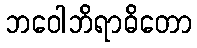
ဘဝေါဘိရာဓိတော